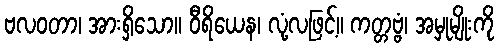
ဗလဝတာ၊ အားရှိသော။ ဝီရိယေန၊ လုံ့လဖြင့်။ ကတ္တဗ္ဗံ၊ အမှုမျိုးကို